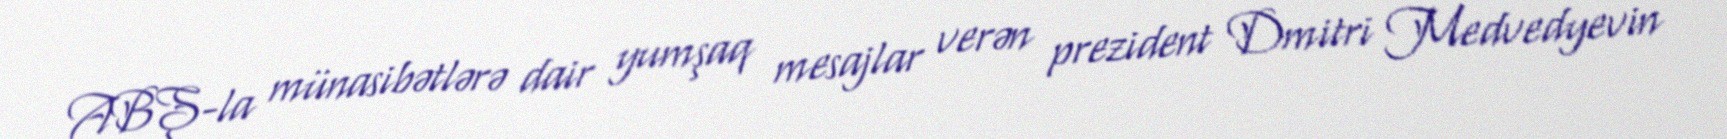
ABŞ-la münasibətlərə dair yumşaq mesajlar verən prezident Dmitri Medvedyevin